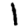
Digit: 1